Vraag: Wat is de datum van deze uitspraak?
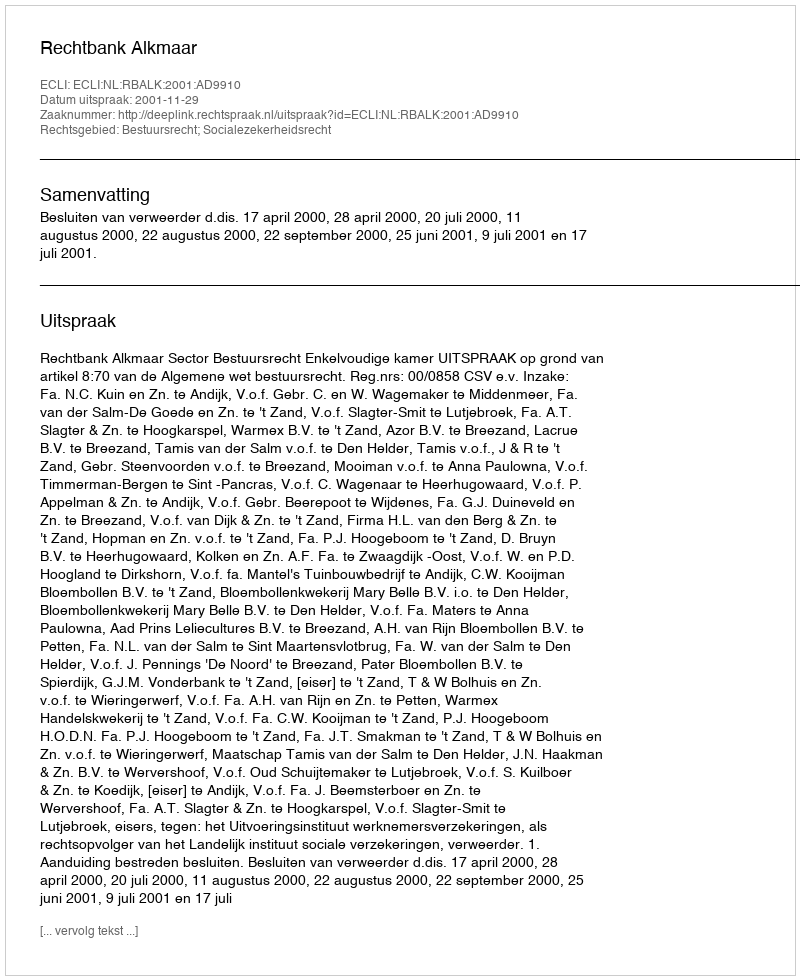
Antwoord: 2001-11-29